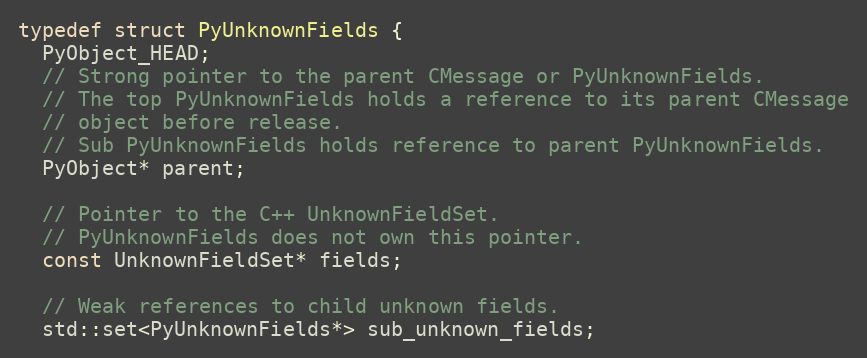
Language: C
typedef struct PyUnknownFields {
  PyObject_HEAD;
  // Strong pointer to the parent CMessage or PyUnknownFields.
  // The top PyUnknownFields holds a reference to its parent CMessage
  // object before release.
  // Sub PyUnknownFields holds reference to parent PyUnknownFields.
  PyObject* parent;

  // Pointer to the C++ UnknownFieldSet.
  // PyUnknownFields does not own this pointer.
  const UnknownFieldSet* fields;

  // Weak references to child unknown fields.
  std::set<PyUnknownFields*> sub_unknown_fields;